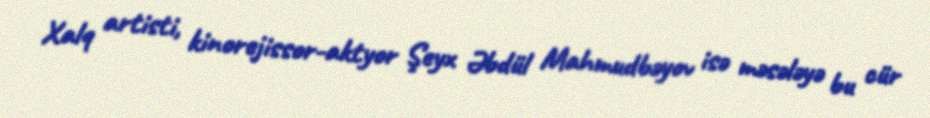
Xalq artisti, kinorejissor-aktyor Şeyx Əbdül Mahmudbəyov isə məsələyə bu cür